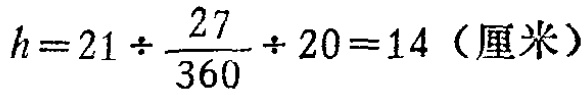
\(h = 21\div\frac{27}{360}\div20 = 14\)（厘米）